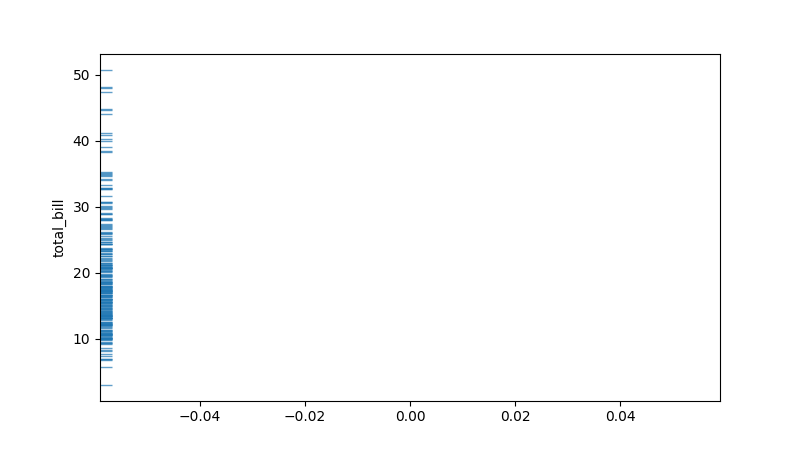
python, seaborn, rugplot, height=0.02, axis='y', alpha=0.7